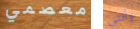
معصمي وأنتى